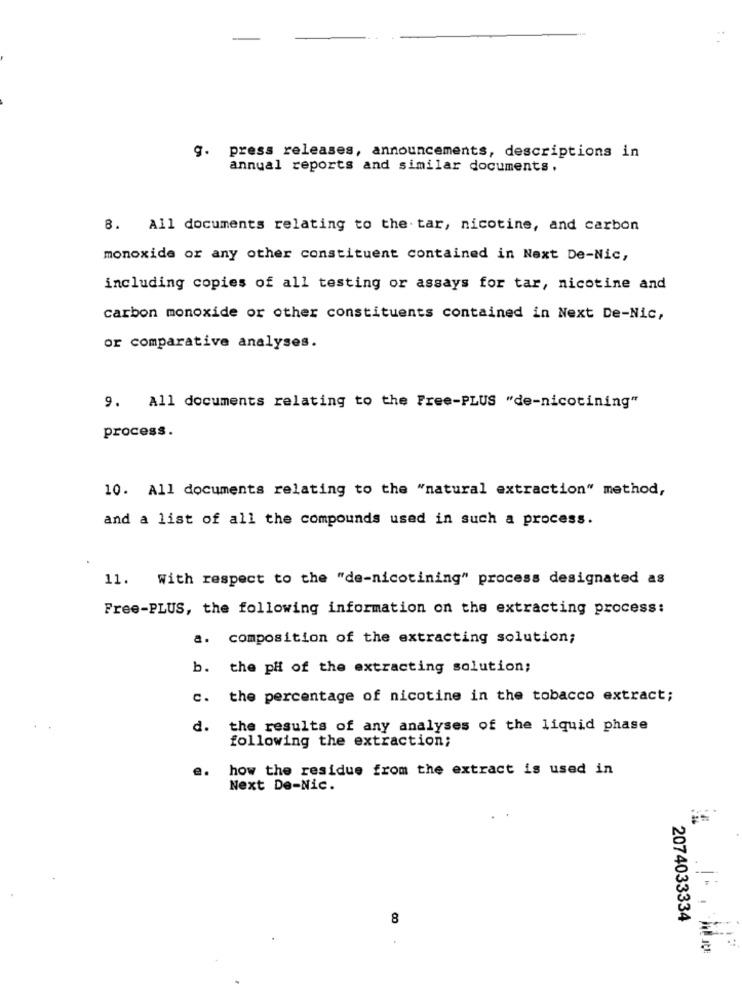
g. press releases, announcements, descriptions in
annual reports and similar documents.
8. All documents relating to the. tar, nicotine, and carbon
monoxide or any other constituent contained in Next De-Nic,
including copies of all testing or assays for tar, nicotine and
carbon monoxide or other constituents contained in Next De-Nic,
or comparative analyses.
9. All documents relating to the Free-PLUS "de-nicotining"
process.
10. All documents relating to the "natural extraction" method,
and a list of all the compounds used in such a process.
11. With respect to the "de-nicotining" process designated as
Free-PLUS, the following information on the extracting process:
a. composition of the extracting solution;
b. the pHf of the extracting solution;
c. the percentage of nicotine in the tobacco extract;
d.
the results of any analyses of the liquid phase
following the extraction;
e.
how the residue from the extract is used in
Next De-Nic.
8
2074033334